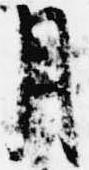
月